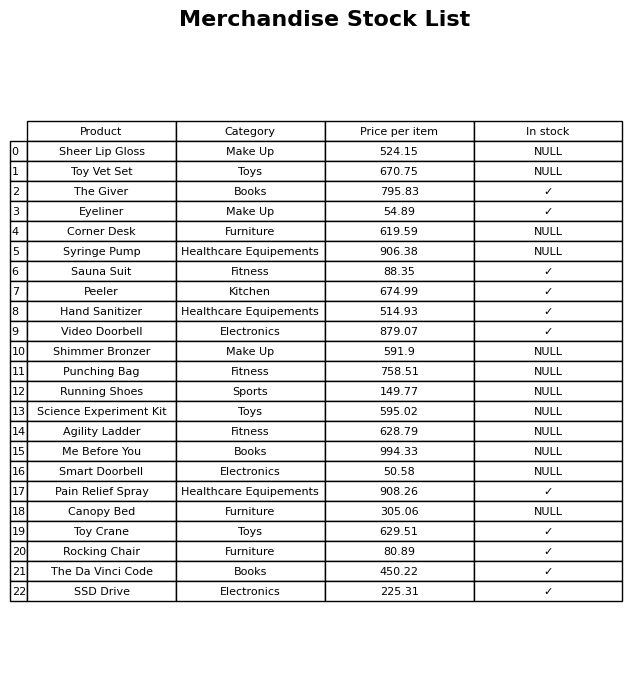
question: What is the price of the Shimmer Bronzer?
answer: The price of Shimmer Bronzer is 591.9.